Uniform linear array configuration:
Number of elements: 32
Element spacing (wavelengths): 0.5
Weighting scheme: hamming
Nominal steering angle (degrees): -45
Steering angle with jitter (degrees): -45.525
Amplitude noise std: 0.05
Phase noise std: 0.05

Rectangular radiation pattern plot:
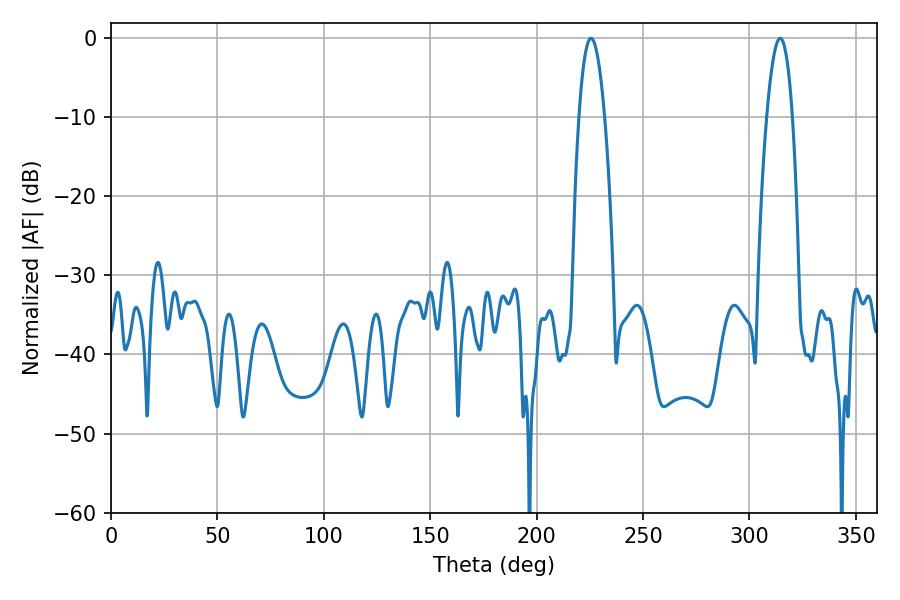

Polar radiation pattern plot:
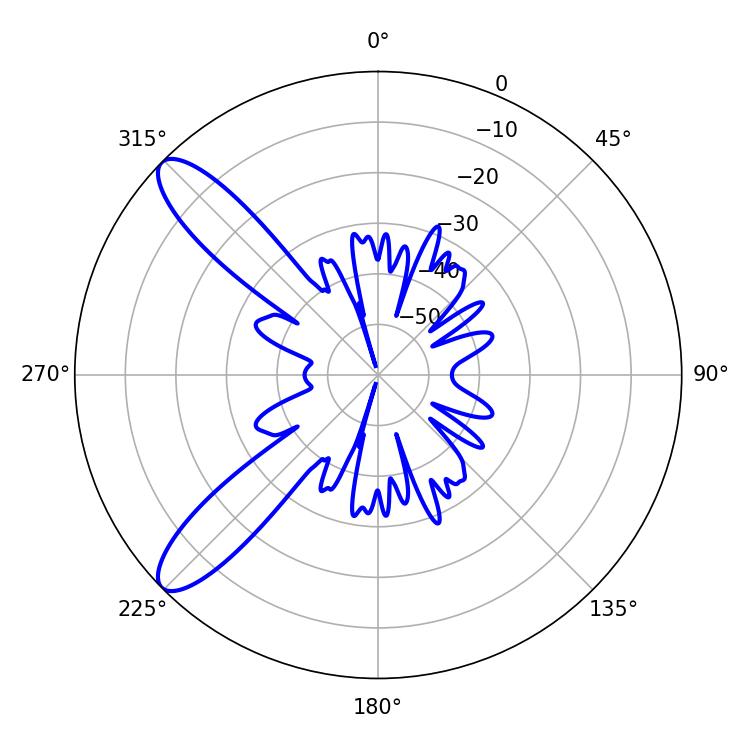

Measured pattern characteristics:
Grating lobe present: FALSE
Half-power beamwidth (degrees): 6.66
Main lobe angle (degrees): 314.46